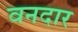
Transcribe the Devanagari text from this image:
वनदार